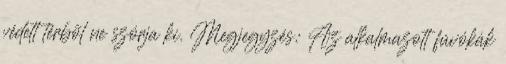
védett térbõl ne szórja ki. Megjegyzés: Az alkalmazott fúvókák